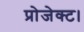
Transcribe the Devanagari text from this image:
प्रोजेक्ट।